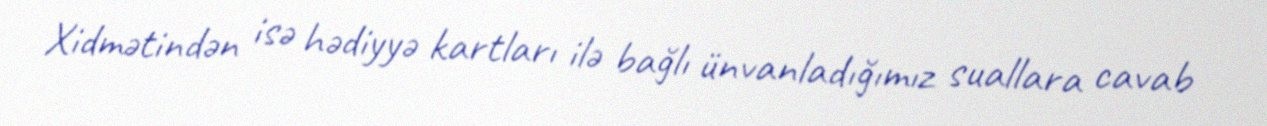
Xidmətindən isə hədiyyə kartları ilə bağlı ünvanladığımız suallara cavab